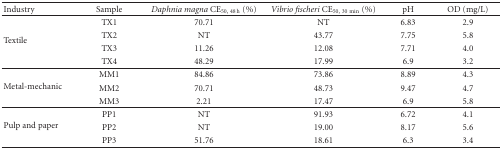
| Industry | Sample | Daphnia magna CE50,48 h (%) | Vibrio fischeri CE50,30 min⁡ (%) | pH | OD (mg/L) |
 | --- | --- | --- | --- | --- | --- |
 | <ROWSPAN=4> Textile | TX1 | 70.71 | NT | 6.83 | 2.9 |
 | TX2 | NT | 43.77 | 7.75 | 5.8 |
 | TX3 | 11.26 | 12.08 | 7.71 | 4.0 |
 | TX4 | 48.29 | 17.99 | 6.9 | 3.2 |
 | <ROWSPAN=3> Metal-mechanic | MM1 | 84.86 | 73.86 | 8.89 | 4.3 |
 | MM2 | 70.71 | 48.73 | 9.47 | 4.7 |
 | MM3 | 2.21 | 17.47 | 6.9 | 5.8 |
 | <ROWSPAN=3> Pulp and paper | PP1 | NT | 91.93 | 6.72 | 4.1 |
 | PP2 | NT | 19.00 | 8.17 | 5.6 |
 | PP3 | 51.76 | 18.61 | 6.3 | 3.4 |